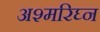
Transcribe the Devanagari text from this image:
अश्मरिघ्न